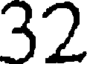
32